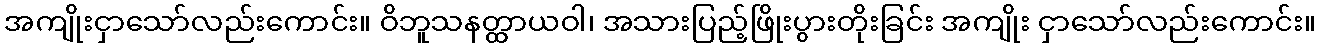
အကျိုးငှာသော်လည်းကောင်း။ ဝိဘူသနတ္ထာယဝါ၊ အသားပြည့်ဖြိုးပွားတိုးခြင်း အကျိုး ငှာသော်လည်းကောင်း။